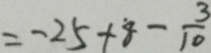
= - 2 5 + 8 - \frac { 3 } { 1 0 }